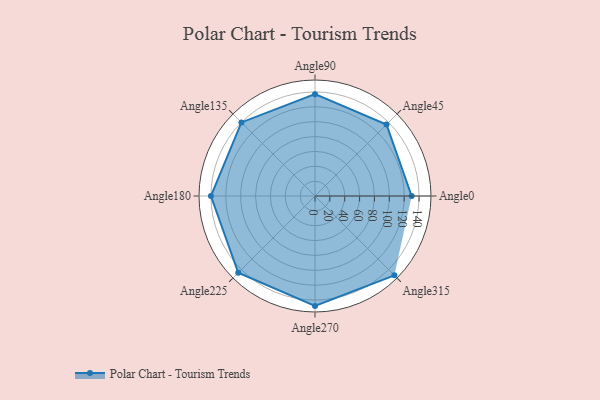
{"axis": {"x": "Angle", "y": "Radius"}, "legend": [""], "data": [{"x": "Angle0", "y": 130.0, "type": ""}, {"x": "Angle45", "y": 136.0, "type": ""}, {"x": "Angle90", "y": 137.0, "type": ""}, {"x": "Angle135", "y": 140.0, "type": ""}, {"x": "Angle180", "y": 140.0, "type": ""}, {"x": "Angle225", "y": 146.0, "type": ""}, {"x": "Angle270", "y": 148.0, "type": ""}, {"x": "Angle315", "y": 151.0, "type": ""}]}